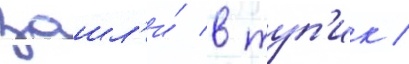
зашл'и́ в туп'ик /